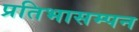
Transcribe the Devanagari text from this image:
प्रतिभासम्पन